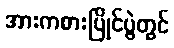
အားကစားပြိုင်ပွဲတွင်